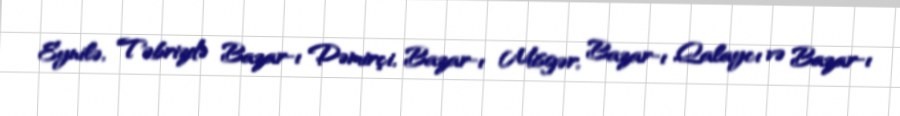
Eynilə, Təbrizdə Bazar-ı Dəmirçi, Bazar-ı Misgər, Bazar-ı Qalaycı və Bazar-ı